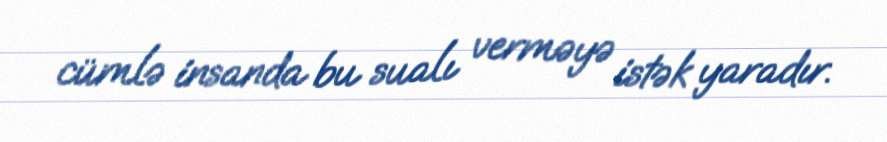
cümlə insanda bu sualı verməyə istək yaradır.